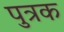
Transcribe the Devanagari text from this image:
पुत्रक